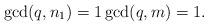
LaTeX: \begin{align*}\gcd(q,n_1)=1\gcd(q,m)=1.\end{align*}